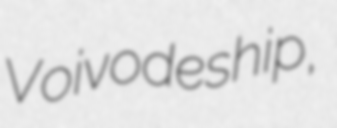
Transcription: Voivodeship,